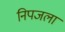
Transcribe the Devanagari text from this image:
निपजला